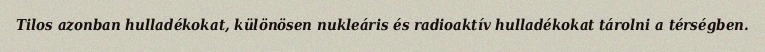
Tilos azonban hulladékokat, különösen nukleáris és radioaktív hulladékokat tárolni a térségben.